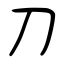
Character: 刀